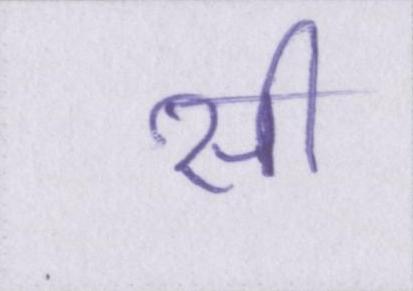
सी